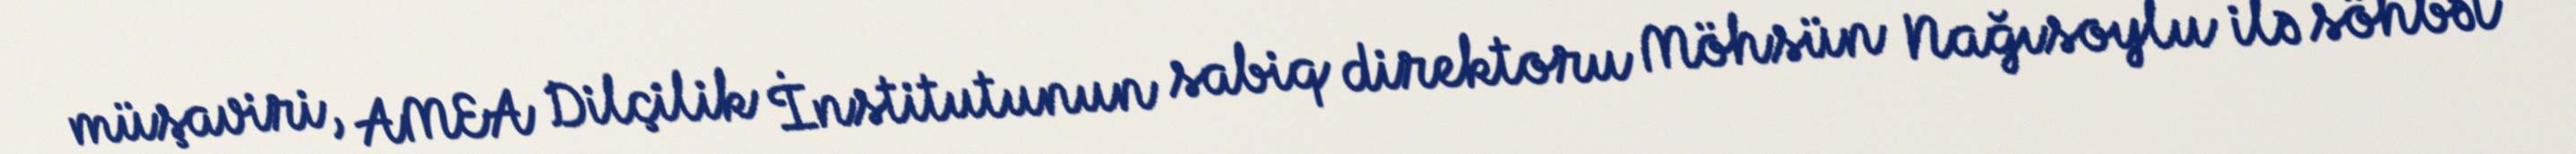
müşaviri, AMEA Dilçilik İnstitutunun sabiq direktoru Möhsün Nağısoylu ilə söhbət